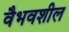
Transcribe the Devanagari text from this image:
वैभवशील